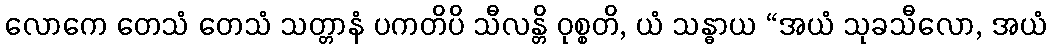
လောကေ တေသံ တေသံ သတ္တာနံ ပကတိပိ သီလန္တိ ဝုစ္စတိ, ယံ သန္ဓာယ “အယံ သုခသီလော, အယံ